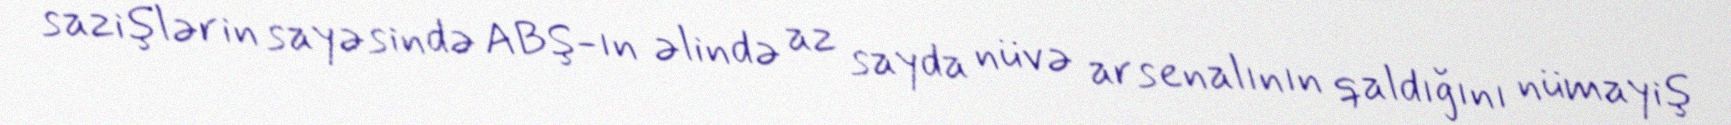
sazişlərin sayəsində ABŞ-ın əlində az sayda nüvə arsenalının qaldığını nümayiş